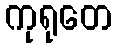
ကုရုတေ